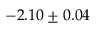
- 2 . 1 0 \pm 0 . 0 4